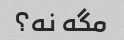
مگه نه؟